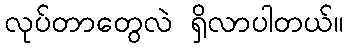
လုပ်တာတွေလဲ ရှိလာပါတယ်။